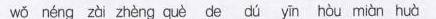
w\check{o} n\acute{e}ng z\grave{a}i zh\grave{e}ng qu\grave{e} de d\acute{u} y\bar{i}n h\grave{o}u mi\grave{a}n hu\grave{a}